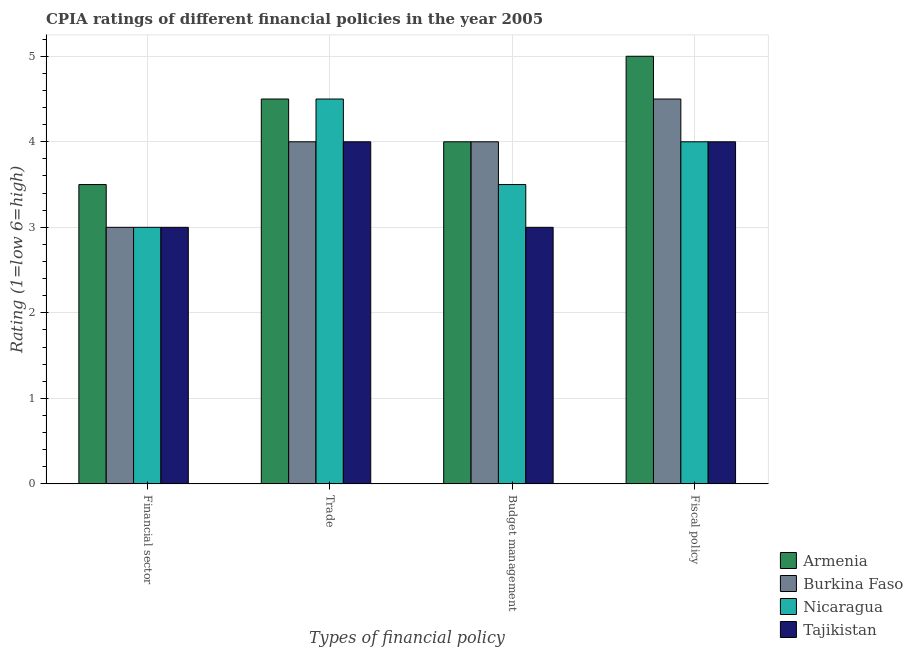
| Types of financial policy | Armenia | Burkina Faso | Nicaragua | Tajikistan |
 | --- | --- | --- | --- | --- |
 | Financial sector | 3.5 | 3 | 3 | 3 |
 | Trade | 4.5 | 4 | 4.5 | 4 |
 | Budget management | 4 | 4 | 3.5 | 3 |
 | Fiscal policy | 5 | 4.5 | 4 | 4 |